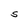
Character: S